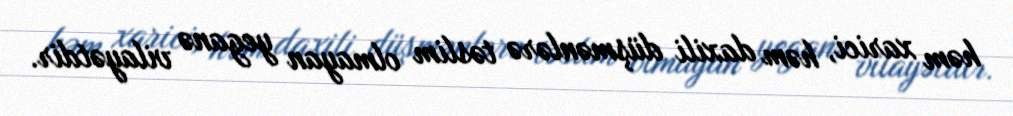
həm xarici, həm daxili düşmənlərə təslim olmayan yeganə vilayətdir.